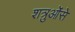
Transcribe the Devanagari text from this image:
शत्रुओंसे